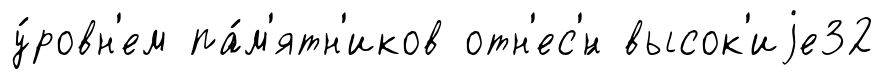
у́ровн'ем па́м'ятн'иков отн'ес'́н высок'иjе32